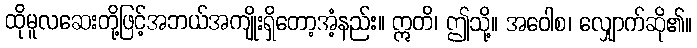
ထိုမူလဆေးတို့ဖြင့်အဘယ်အကျိုးရှိတော့အံ့နည်း။ ဣတိ၊ ဤသို့။ အဝေါစ၊ လျှောက်ဆို၏။